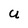
Character: U